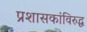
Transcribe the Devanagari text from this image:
प्रशासकांविरुद्ध